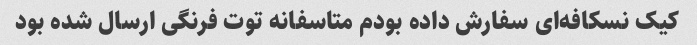
کیک نسکافه‌ای سفارش داده بودم متاسفانه توت فرنگی ارسال شده بود